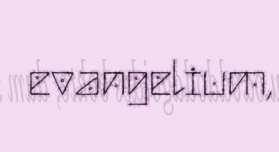
evangelium,